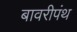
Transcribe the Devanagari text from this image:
बावरीपंथ